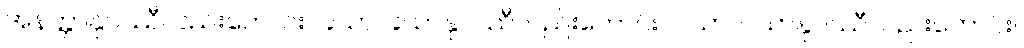
အနတ္တာနုပဿီလည်းကောင်း။ ခယာ၊ ခယာနုပဿီလည်းကောင်း။ ဝယာ၊ ဝယာနုပဿီလည်းကောင်း။